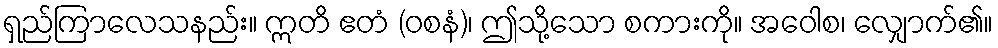
ရှည်ကြာလေသနည်း။ ဣတိ ဧတံ (ဝစနံ)၊ ဤသို့သော စကားကို။ အဝေါစ၊ လျှောက်၏။